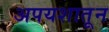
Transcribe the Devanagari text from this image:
अपयशातून